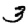
Digit: 3